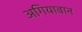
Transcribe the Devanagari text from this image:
अगियावान